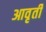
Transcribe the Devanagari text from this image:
आवृर्ती